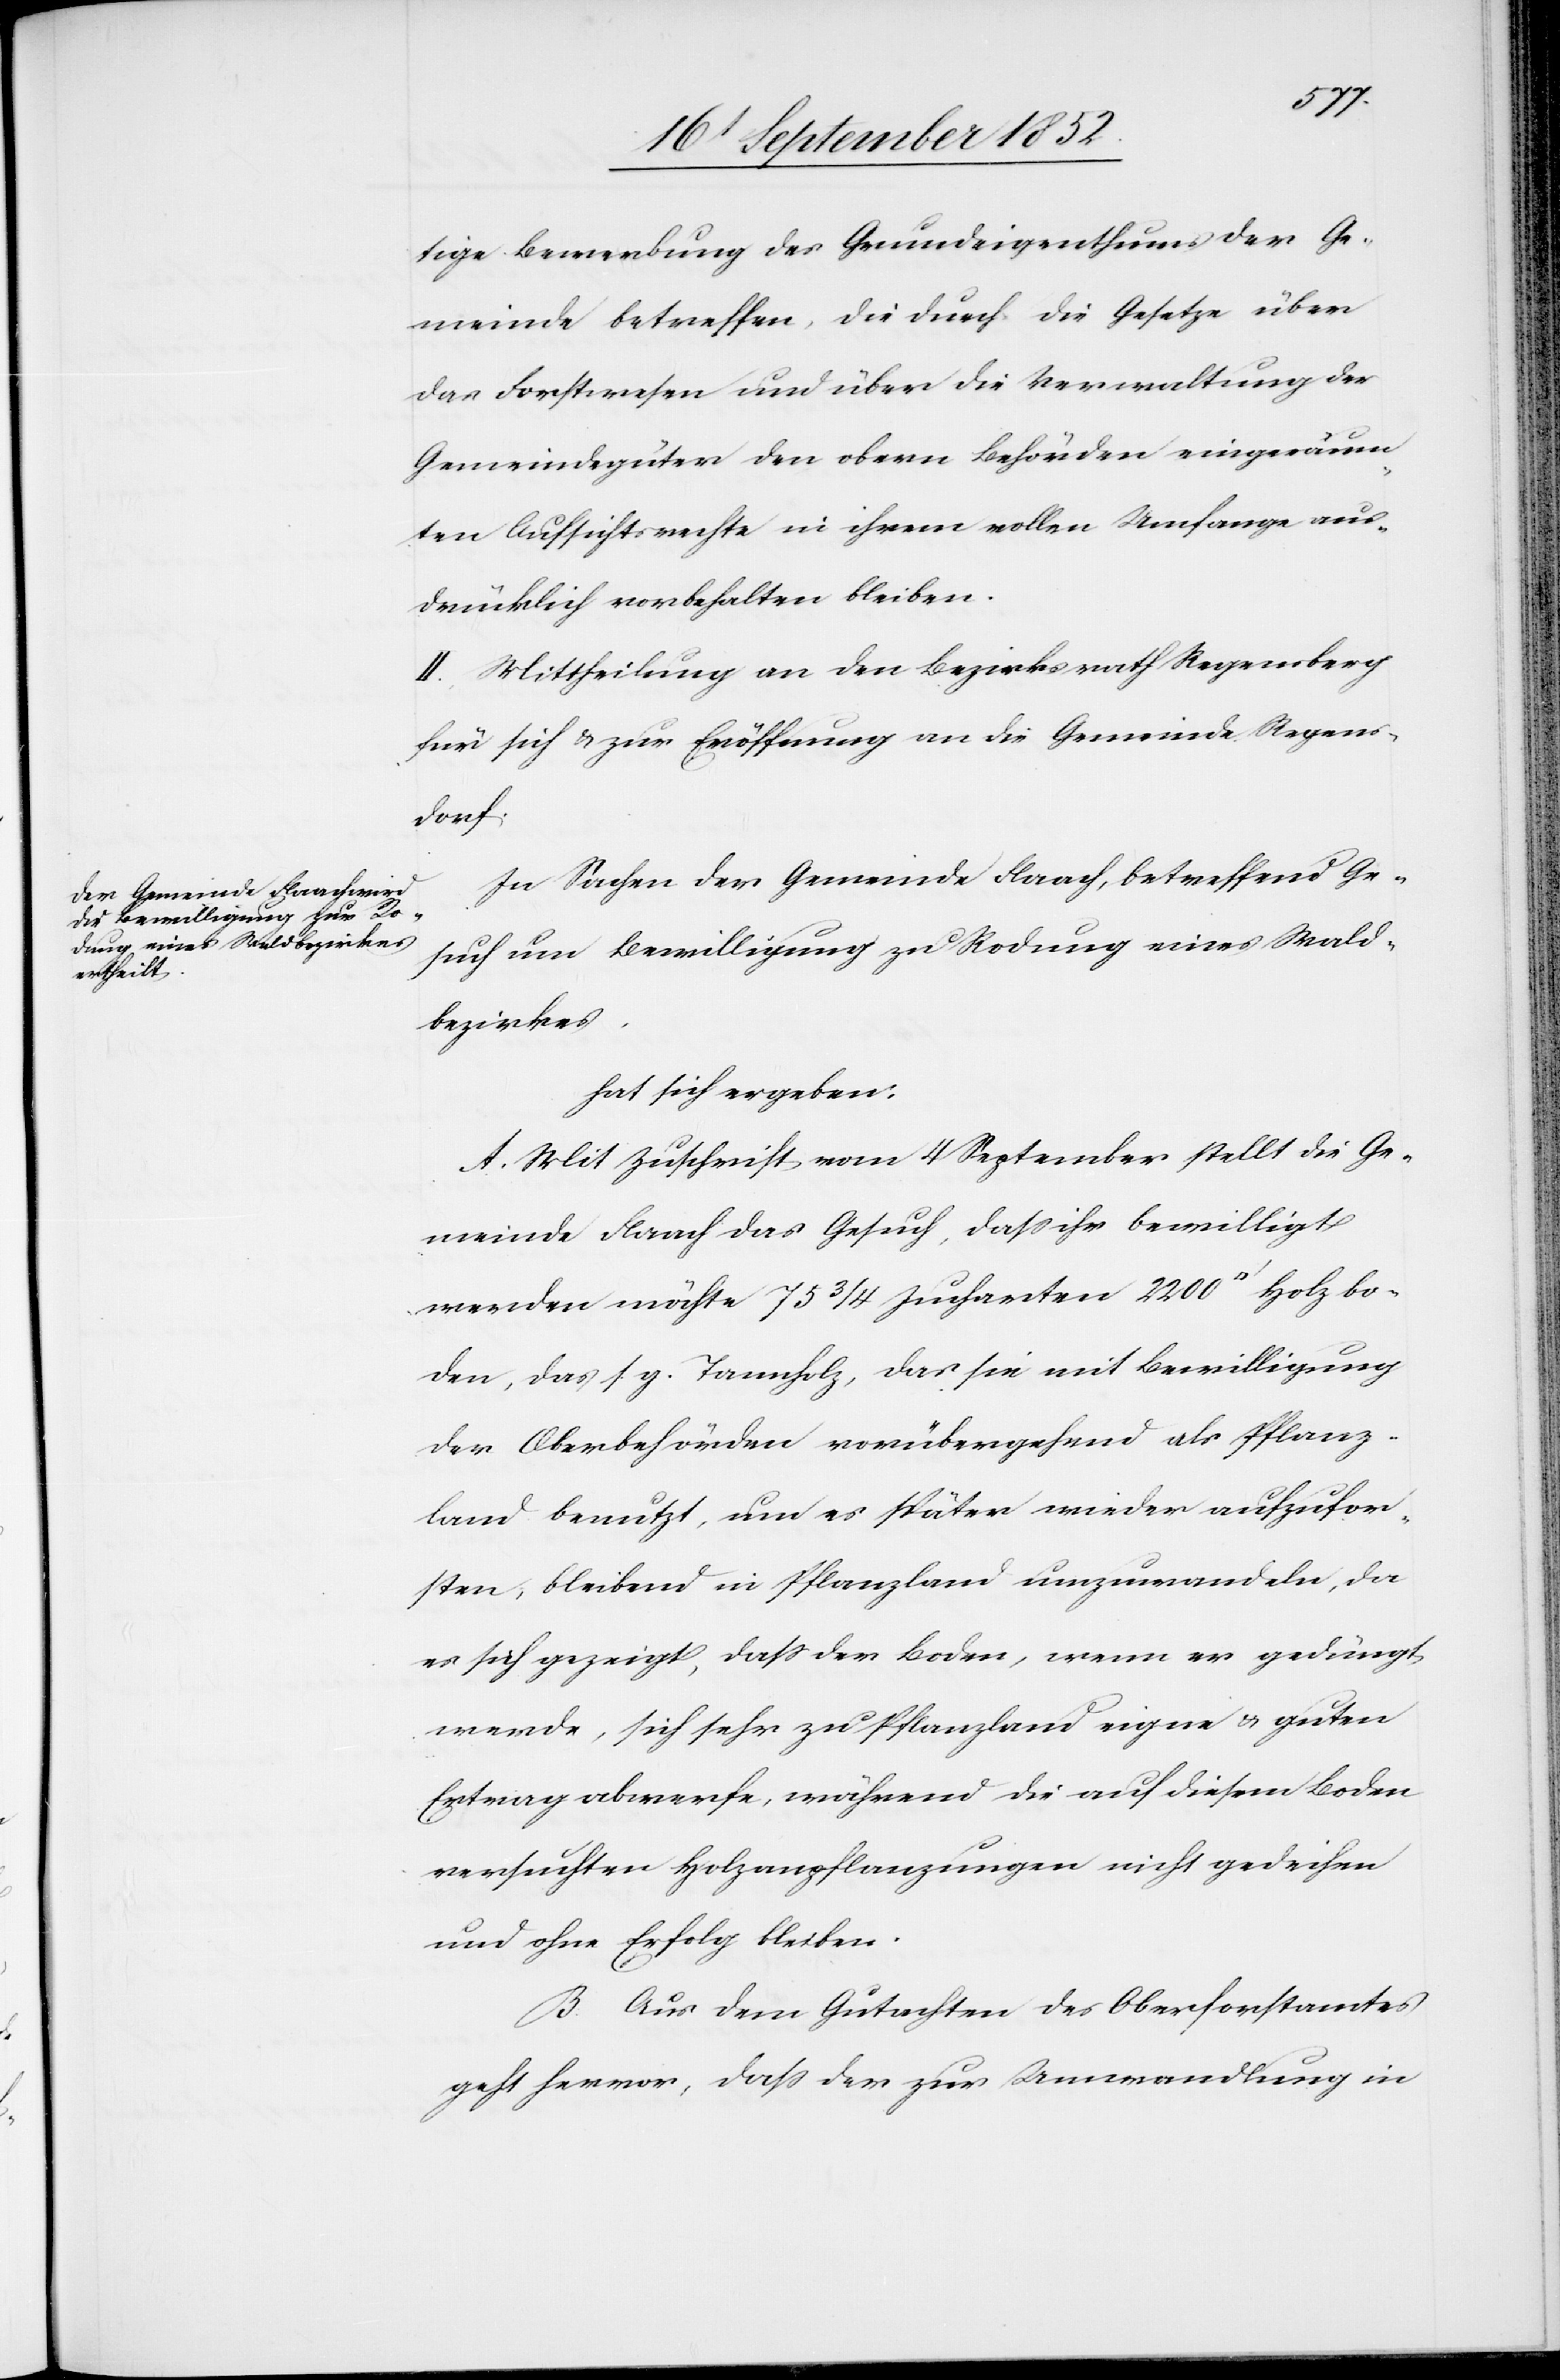
Holzbo¬
tige Bewerbung des Grundeigenthums der Ge¬
meinde betreffen, die durch die Gesetze über
das Forstwesen und über die Verwaltung der
Gemeindegüter den obern Behörden eingeräum¬
ten Aufsichtsrechte in ihrem vollen Umfange aus¬
drücklich vorbehalten bleiben.
II. Mittheilung an den Bezirksrath Regensberg
für sich & zur Eröffnung an die Gemeinde Regens¬
dratfuß]
In Sachen der Gemeinde Flaach, betreffend Ge¬
such um Bewilligung zu Rodung eines Wald¬
bezirkes,
hat sich ergeben:
A. Mit Zuschrift vom 4 September stellt die Ge¬
meinde Flaach das Gesuch, dass ihr bewilligt
werden möchte 75 3/4 Jucharten 2200 [Qua¬
den, das s. g. Tannholz, das sie mit Bewilligung
der Oberbehörden vorübergehend als Pflanz¬
land benutzt, um es später wieder aufzufor¬
sten, bleibend in Pflanzland umzuwandeln, da
es sich gezeigt, dass der Boden, wenn er gedüngt
werde, sich sehr zu Pflanzland eigne & guten
Ertrag abwerfe, während die auf diesem Boden
versuchten Holzanpflanzungen nicht gedeihen
und ohne Erfolg bleiben.
B. Aus dem Gutachten des Oberforstamtes
geht hervor, dass der zur Umwandlung in